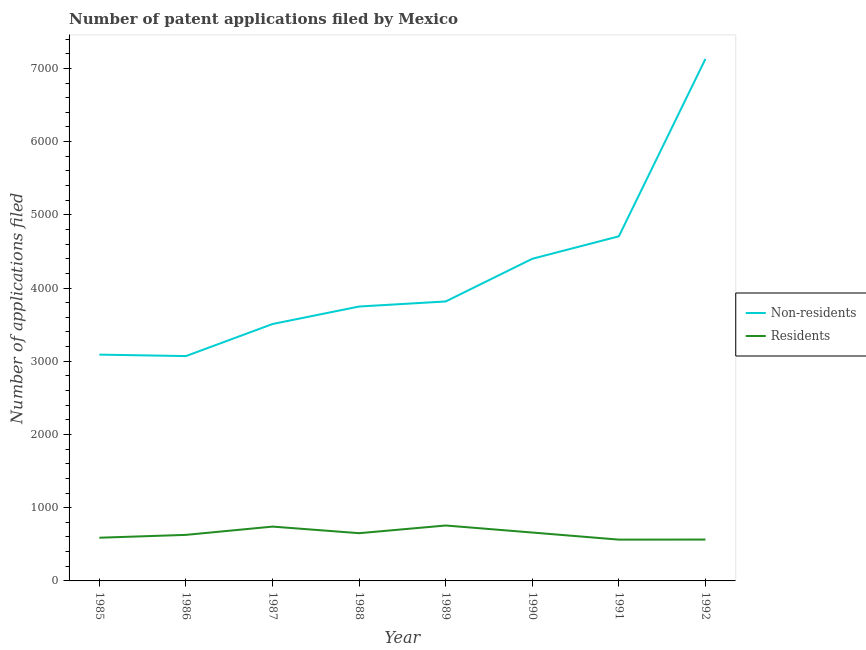
| Year | Non-residents | Residents |
 | --- | --- | --- |
 | 1985 | 3.09e+03 | 590 |
 | 1986 | 3.07e+03 | 629 |
 | 1987 | 3.51e+03 | 742 |
 | 1988 | 3.75e+03 | 652 |
 | 1989 | 3.82e+03 | 757 |
 | 1990 | 4.4e+03 | 661 |
 | 1991 | 4.71e+03 | 564 |
 | 1992 | 7.13e+03 | 565 |